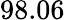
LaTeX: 98.06